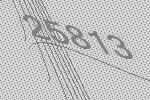
25813